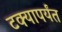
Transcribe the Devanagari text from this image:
टक्यापर्यंत